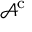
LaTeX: { \mathcal { A } } ^ { \mathrm { c } }